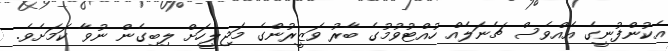
އެކުންފުނީގެ އެއްވެސް ޗެނަލެއް ހުއްޓުވުމުގެ ބާރު ވަޒީރުންގެ މަޖިލީހަށް ލިބިގެން ނުވާ ކަމަށެވެ.